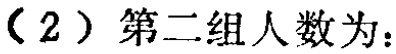
（2）第二组人数为：